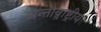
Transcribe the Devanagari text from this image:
अन्तान्र्राष्ट्रीय